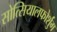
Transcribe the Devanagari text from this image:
सोत्सियालफोर्शुंग